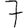
Digit: 7